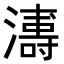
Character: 𭳍